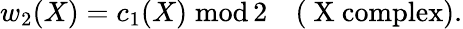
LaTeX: w_{2}(X)=c_{1}(X)\; \mathrm{mod}\, 2\quad\mathrm{(~X~complex)}.